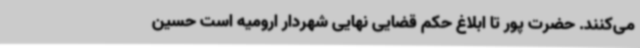
می‌کنند. حضرت پور تا ابلاغ حکم قضایی نهایی شهردار ارومیه است حسین